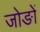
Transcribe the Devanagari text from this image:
जोङों